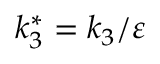
k _ { 3 } ^ { * } = k _ { 3 } / \varepsilon